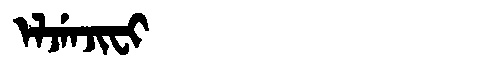
Manchu: ᡝᠯᠵᡝᠨᠵᡳᠸᡳ
Romanization: ELJENJIFI